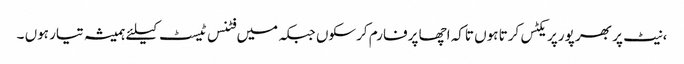
،نیٹ پر بھر پورپریکٹس کرتا ہوں تاکہ اچھا پرفارم کرسکوں جبکہ میں فٹنس ٹیسٹ کیلئے ہمیشہ تیار ہوں ۔